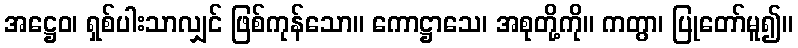
အဋ္ဌေဝ၊ ရှစ်ပါးသာလျှင် ဖြစ်ကုန်သော။ ကောဋ္ဌာသေ၊ အစုတို့ကို။ ကတွာ၊ ပြုတော်မူ၍။